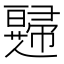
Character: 𱜹